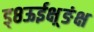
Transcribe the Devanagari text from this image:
ड्८ऊईक्ष़्ङंक्ष